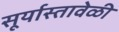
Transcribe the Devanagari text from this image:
सूर्यास्तावेळी